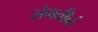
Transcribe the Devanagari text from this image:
संगतीनं